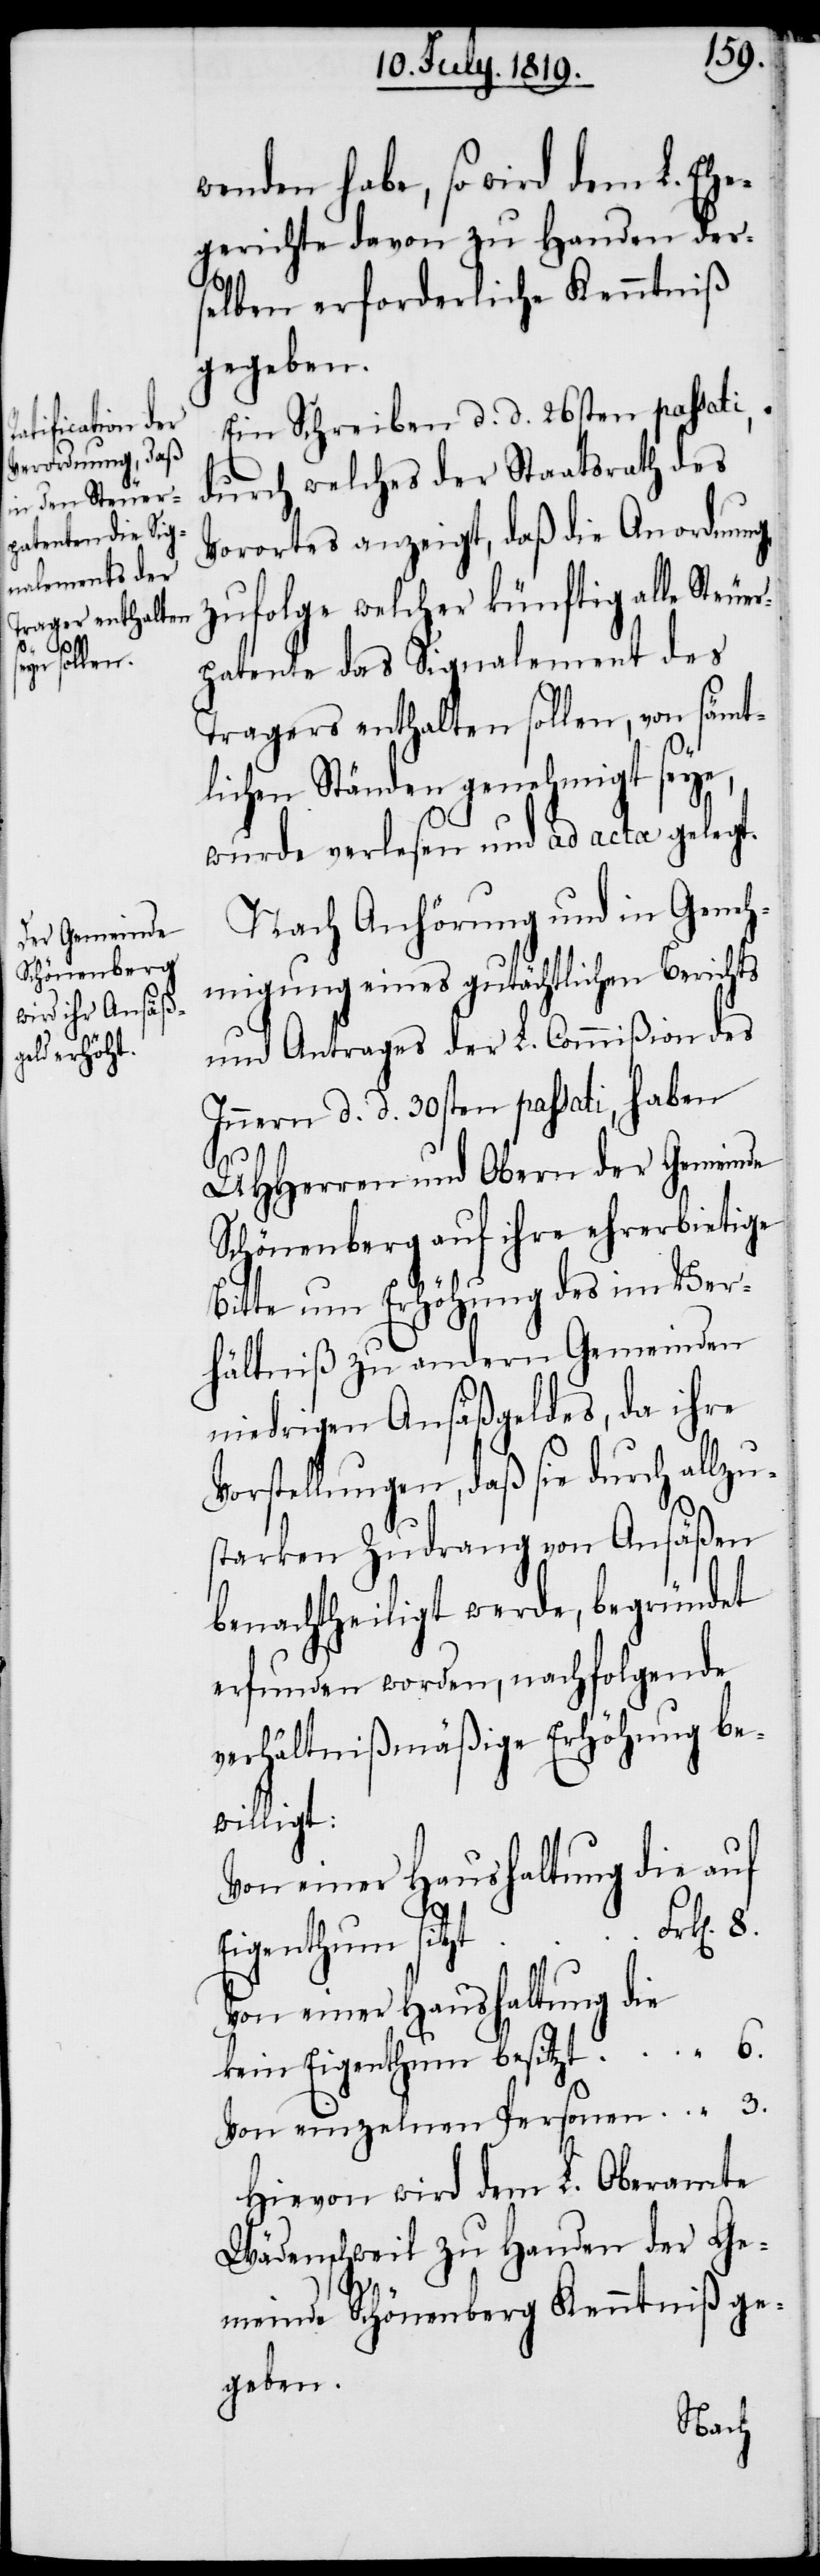
wenden habe, so wird dem L. Ehe¬
gerichte davon zu Handen der¬
selben erforderliche Kenntniß
gegeben.
Ein Schreiben d. d. 26sten passati,
durch welches der Staatsrath des
Vorortes anzeigt, daß die Anordnung,
zufolge welcher künftig alle Steuer¬
patente das Signalement des
Tragers enthalten sollen, von sämt¬
lichen Ständen genehmigt seye,
wurde verlesen und ad acta gelegt.
Nach Anhörung und in Geneh¬
migung eines gutächtlichen Berichts
und Antrages der L. Commißion des
Innern d. d. 30sten passati, haben
UHHerren und Obern der Gemeinde
Schönenberg auf ihre ehrerbietige
Bitte um Erhöhung des im Ver¬
hältniß zu andern Gemeinden
niedrigen Ansäßgeldes, da ihre
Vorstellungen, daß sie durch allzu¬
starken Zudrang von Ansäßen
benachtheiligt werde, begründet
erfunden worden, nachfolgende
verhältnißmäßige Erhöhung be¬
willigt:
Von einer Haushaltung die auf
Eigenthum
Von einer Haushaltung die
kein Eigenthum besitzt
Von einzelnen Personen
Hievon wird dem L. Oberamte
Wädenschweil zu Handen der Ge¬
meinde Schönenberg Kenntniß ge¬
geben.